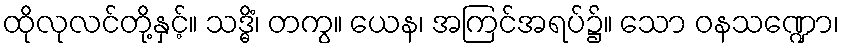
ထိုလုလင်တို့နှင့်။ သဒ္ဓိံ၊ တကွ။ ယေန၊ အကြင်အရပ်၌။ သော ဝနသဏ္ဍော၊